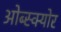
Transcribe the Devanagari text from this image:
ओब्स्क्योर